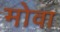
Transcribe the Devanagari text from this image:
मोवा